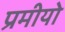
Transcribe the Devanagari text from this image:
प्रमीयो